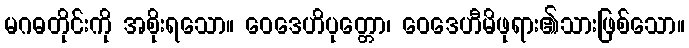
မဂဓတိုင်းကို အစိုးရသော။ ဝေဒေဟိပုတ္တော၊ ဝေဒေဟီမိဖုရား၏သားဖြစ်သော။